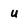
Character: u